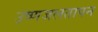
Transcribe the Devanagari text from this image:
उष्णजलतापन